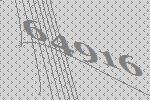
64916